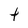
Character: t